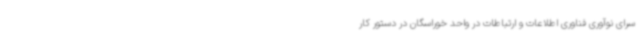
سرای نوآوری فناوری اطلاعات و ارتباطات در واحد خوراسگان در دستور کار